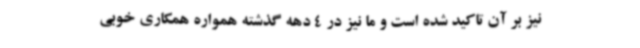
نیز بر آن تاکید شده است و ما نیز در 4 دهه گذشته همواره همکاری خوبی